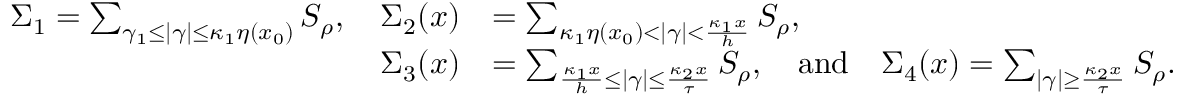
\begin{array} { r l } { \Sigma _ { 1 } = \sum _ { \gamma _ { 1 } \leq | \gamma | \leq \kappa _ { 1 } \eta ( x _ { 0 } ) } S _ { \rho } , \quad \Sigma _ { 2 } ( x ) } & { = \sum _ { \kappa _ { 1 } \eta ( x _ { 0 } ) < | \gamma | < \frac { \kappa _ { 1 } x } { h } } S _ { \rho } , \quad } \\ { \Sigma _ { 3 } ( x ) } & { = \sum _ { \frac { \kappa _ { 1 } x } { h } \leq | \gamma | \leq \frac { \kappa _ { 2 } x } { \tau } } S _ { \rho } , \quad \mathrm { a n d } \quad \Sigma _ { 4 } ( x ) = \sum _ { | \gamma | \geq \frac { \kappa _ { 2 } x } { \tau } } S _ { \rho } . } \end{array}